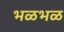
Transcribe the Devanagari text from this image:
भळभळ